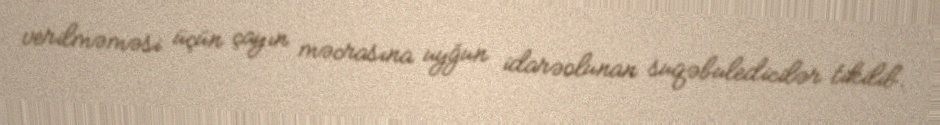
verilməməsi üçün çayın məcrasına uyğun idarəolunan suqəbuledicilər tikilib.